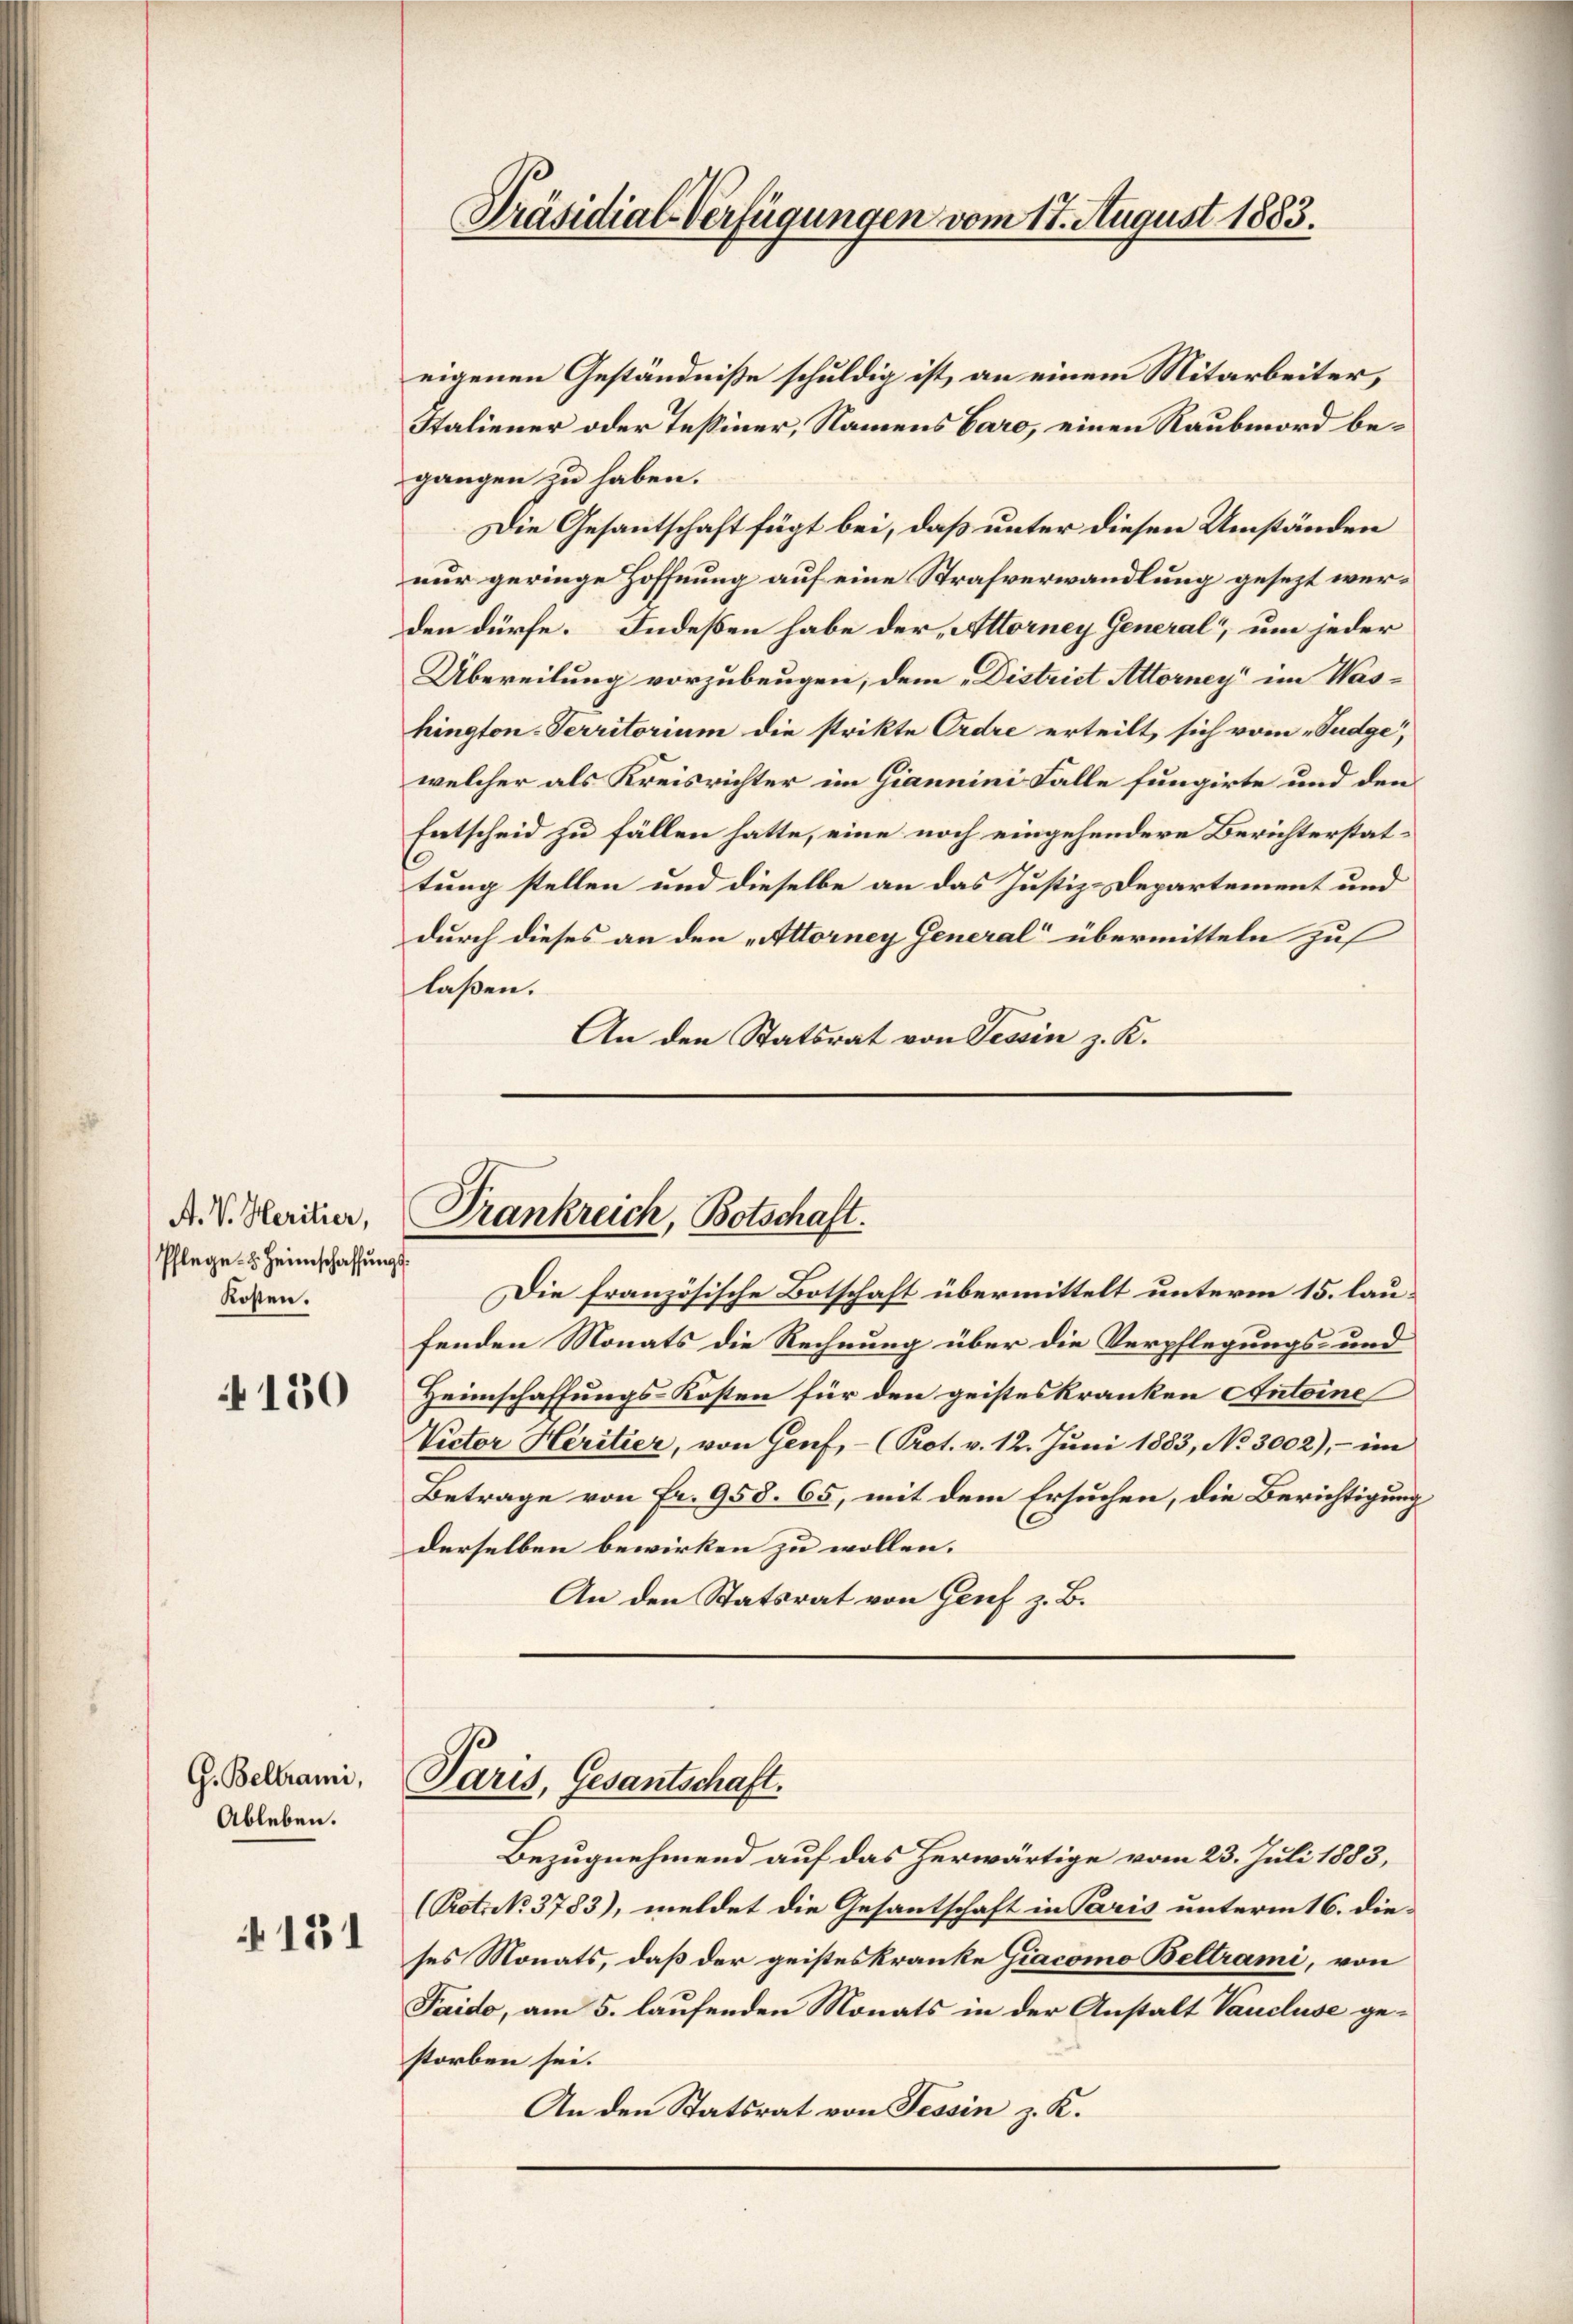
A. V. Heritier,
Pflege u. Heimschaffungskosten.

4130

G. Beltrami,
Ableben.

151

eigenen Geständniße schuldig ist, an einem Mitarbeiter,
Staliener oder Tessiner, Namens baro, einen Raubmord begangen zu haben.
Die Gesantschaft fügt bei, daß unter diesen Umständen
nur geringe Hoffnung auf eine Strafverwandlung gesezt werden dürfe. Indeßen habe der Altorney General um jeder
Übereilung vorzubeugen, dem „District Attorney im Washington-Territorium die strikte Ordre erteilt, sich vom „Tudge
welcher als Kreisrichter im Giannini Falle fungirte und den
Entscheid zu fällen hatte, eine noch eingehendere Berichterstattung stellen und dieselbe an das Justiz-Departement und
durch dieses an den „Altorney General“ übermitteln zuf
laßen.
An den Statsrat von Tessin z. K.

Präsidial-Verfügungen vom 17. August 1883.

Frankreich, Botschaft.

Die französische Botschaft übermittelt unterm 15. laufenden Monats die Rechnung über die Verpflegungs- und
Heimschaffungs-Kosten für den geisteskranken Antoine
Victor Heritier, von Genf, - (Prot. v. 12. Juni 1883, No 3002), - im
Betrage von Fr. 958. 65, mit dem Ersuchen, die Berichtigung
derselben bewirken zu wollen.
An den Statsrat von Genf z. B.

Paris, Gesantschaft.

Bezugnehmend auf das herwärtige vom 23. Juli 1883,
(Pot. No. 3783), meldet die Gesantschaft in Paris unterm 16. die-
ses Monats, daß der geisteskranke Giacomo Beltrami, von
Taido, am 5. laufenden Monats in der Anstalt Vaucluse gestorben sei.
An den Statsrat von Tessin z. K.